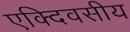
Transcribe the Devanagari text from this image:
एक्दिवसीय